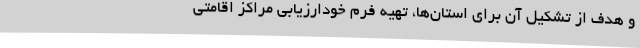
و هدف از تشکیل آن برای استان‌ها، تهیه فرم خودارزیابی مراکز اقامتی